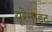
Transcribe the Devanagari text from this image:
यूरेनाइट